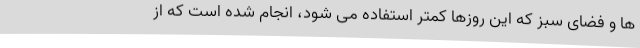
ها و فضای سبز که این روزها کمتر استفاده می شود، انجام شده است که از